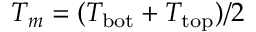
T _ { m } = ( T _ { \mathrm { b o t } } + T _ { \mathrm { t o p } } ) / 2